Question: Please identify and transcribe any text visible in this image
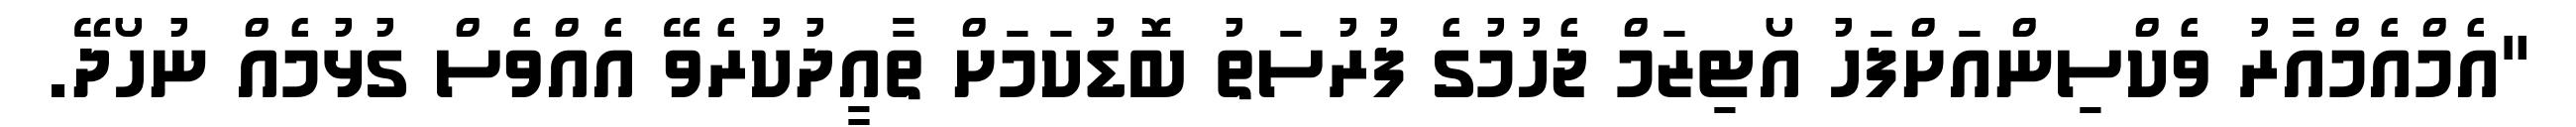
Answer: "އެމްއެމްއާރު ވެކްސިންއަށްފަހު އޯޓިޒަމް ޖެހުމުގެ ފުރުސަތު ބޮޑުކަމަށް ތާއީދުކުރެވޭ އެއްވެސް ގުޅުމެއް ނުހޯދޭ.